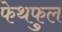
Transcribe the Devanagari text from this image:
फेथफुल